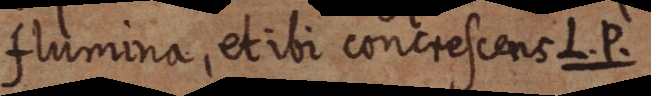
flumina, et ibi concrescens L. P.